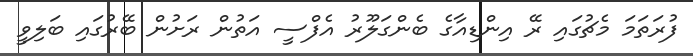
ފުރަތަމަ މެޗުގައި ރޭ އިންޑިއާގެ ބެންގަލޫރު އެފްސީ އަތުން ރަށުން ބޭރުގައި ބަލިވީ